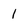
Character: l